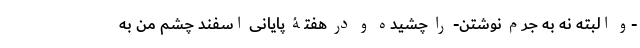
-و البته نه به جرم نوشتن- را چشیده و در هفتۀ پایانی اسفند چشم من به